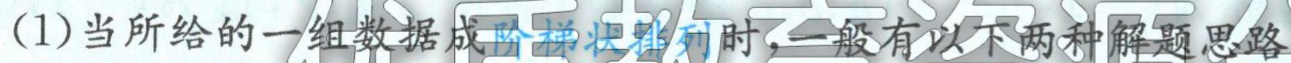
(1)当所给的一组数据成阶梯状排列时，一般有以下两种解题思路